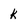
Character: K